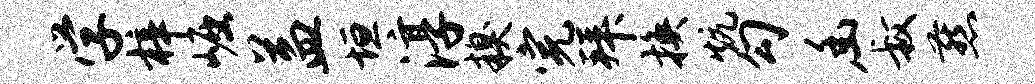
学梓崛益垣淳糗完拜换炕勾幽叔燕